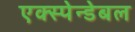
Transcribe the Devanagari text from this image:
एक्स्पेन्डेबल